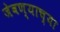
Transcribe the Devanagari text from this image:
जेवण्याच्या